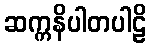
ဆက္ကနိပါတပါဠိ